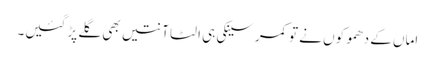
اماں کے دھموکوں نے تو کمر سینکی ہی الٹا آنتیں بھی گلے پڑ گئیں۔